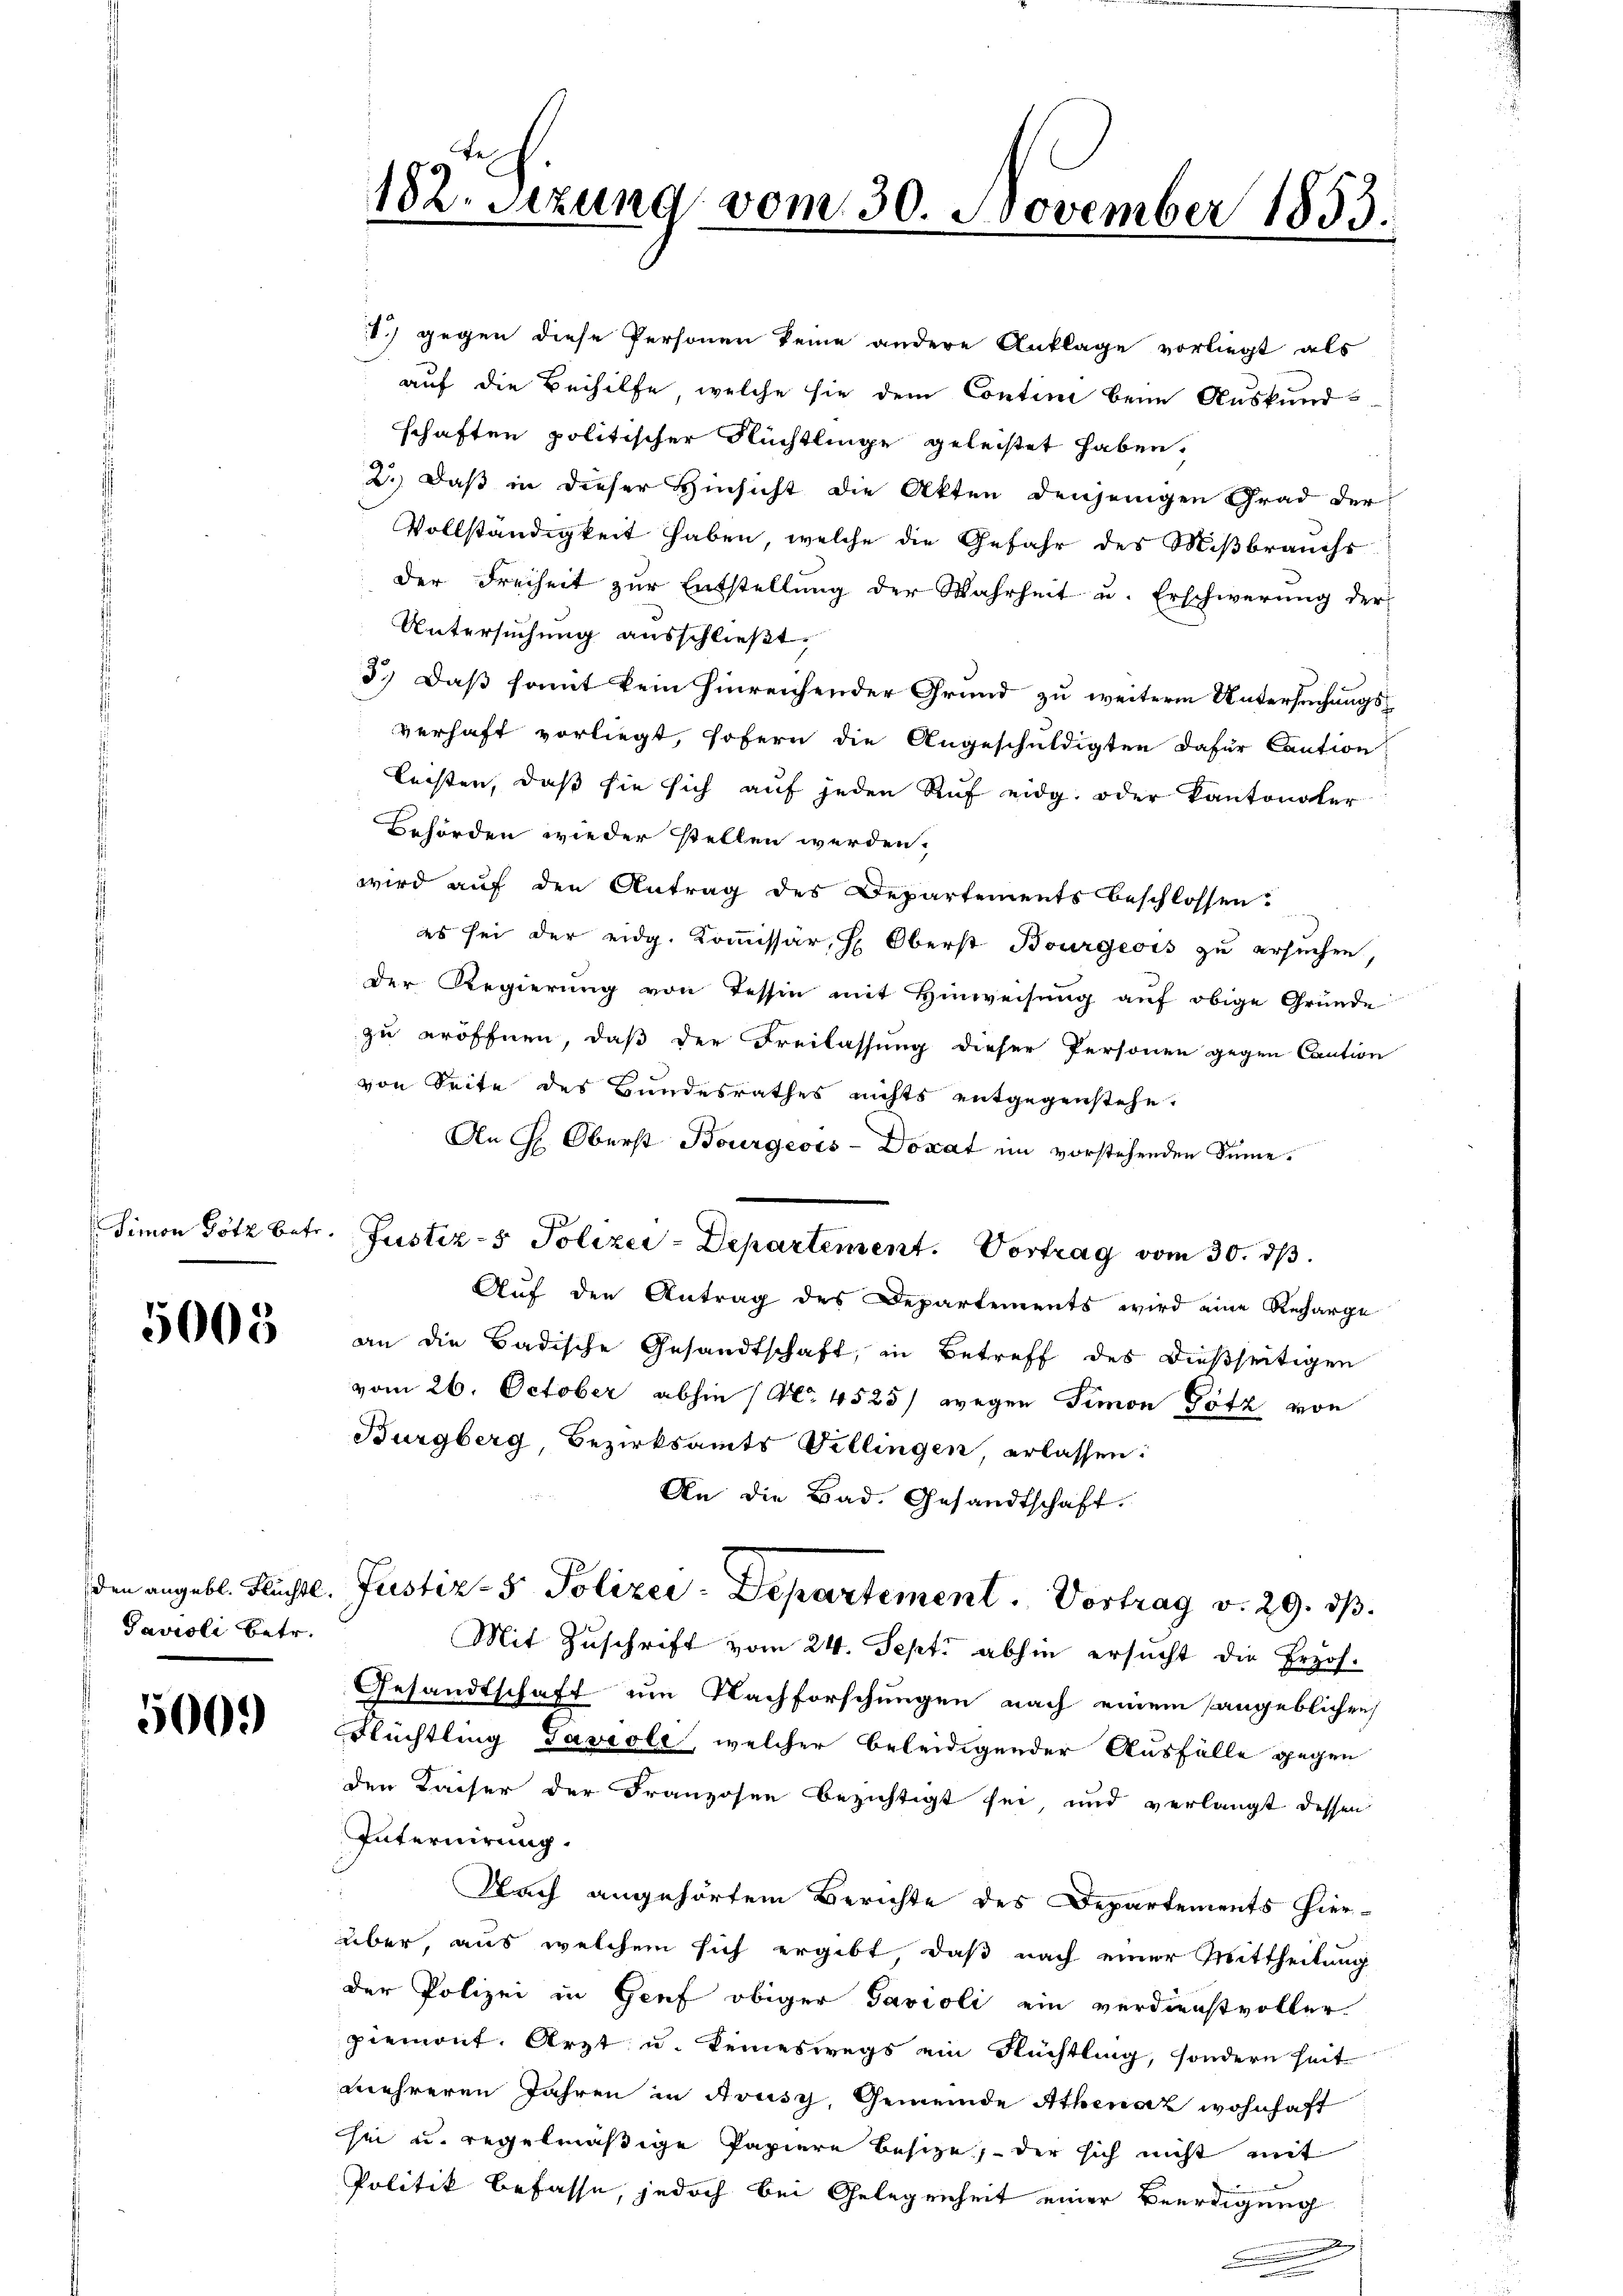
Simon Götz betr.

5008

Pavioli betr.

500.

182. Setzung vom 30. November 1853.

1) gegen diese Personen keine andere Anklage vorliegt als
auf die Beihilfe, welche sie dem Contini beim Auskund-
schaften politischer Flüchtlinge geleistet haben.
2.) Daß in dieser Hinsicht die Akten denjenigen Grad der
Vollständigkeit haben, welche die Gefahr des Mißbrauchs
der Freiheit zŭr Entstellŭng der Wahrheit u. Erschwerŭng der
Untersuchung ausschließt:
3.) Daß somit kein hinreichender Grund zu weiterm Untersuchungsverhaft vorliegt, sofern die Angeschuldigten dafür Caution
leisten, daß sie sich auf jeden Ruf eidg. oder Kantonaler
Behörden wieder stellen werden.
wird auf den Antrag des Departements beschlossen:
es sei der eidg. Kommissär, H. Oberst Bourgeois zu ersuchen
der Regierung von Tessin mit Hinweisung auf obige Gründe
zu eröffnen, daß der Freilassung dieser Personen gegen Caution
von Seite des Bundesrathes nichts entgegenstehe.
An Hr. Oberst Bourgeois-Dokat im vorstehenden Sinne.
Auf den Antrag des Departements wird eine Recharge
an die Badische Gesandtschaft, in Betreff des dießseitigen
vom 26. October abhin (N. 4525/ wegen Simon Götz von
Burgberg, Bezirksamts Villingen, erlassen:
An die Bad. Gesandtschaft.
den angebl. Flüchtl. Justiz- & Polizei-Departement. Vortrag v. 29. dβ.
Mit Zuschrift vom 24. Sept. abhin ersucht die Erzös¬
Gesandtschaft um Nachforschungen nach einem angeblichen
Flüchtling Paviole, welcher beleidigender Ausfälle gegen
den Kaiser der Franzosen bezichtigt sei, und verlangt dessen
Internirung.
Nach angehörtem Berichte des Departements hierüber, aus welchem sich ergibt, daß nach einer Mittheilung
der Polizei in Genf obiger Tavioli ein verdienstvoller
piemont. Arzt u. keineswegs ein Rüchtling, sondern seit
mehreren Jahren in Strusch, Gemeinde Athenaz wohnhaft
sei u. regelmäßige Papiere besize, der sich nicht mit
Politik befasse, jedoch bei Gelegenheit einer Beerdigung
e

Justiz- & Polizei-Departement. Vortrag vom 30. ds.